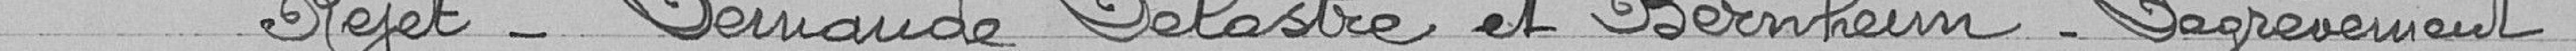
Rejet - Demande Delastre et Bernheim - Dégrèvement